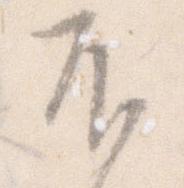
不